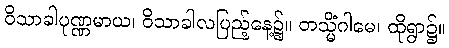
ဝိသာခါပုဏ္ဏမာယ၊ ဝိသာခါလပြည့်နေ့၌။ တသ္မိံဂါမေ၊ ထိုရွာ၌။